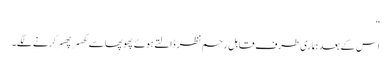
"
اس کے بعد ہماری طرف قابل رحم نظر ڈالتے ہوئے پھوپھا سے کھسر پھسر کرنے لگے۔